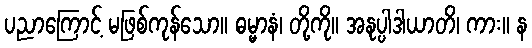
ပညာကြောင့် မဖြစ်ကုန်သော။ ဓမ္မာနံ၊ တို့ကို။ အနုပ္ပါဒါယာတိ၊ ကား။ န